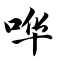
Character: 哗